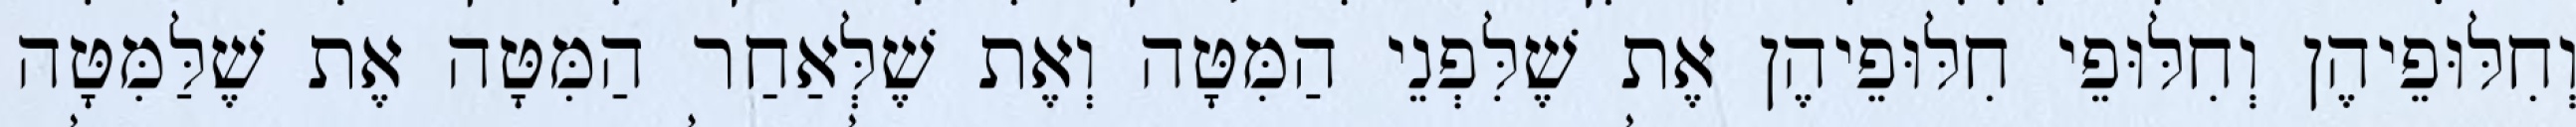
וְחִלּוּפֵיהֶן וְחִלּוּפֵי חִלּוּפֵיהֶן אֶת שֶׁלִּפְנֵי הַמִּטָּה וְאֶת שֶׁלְּאַחַר הַמִּטָּה אֶת שֶׁלַּמִּטָּה